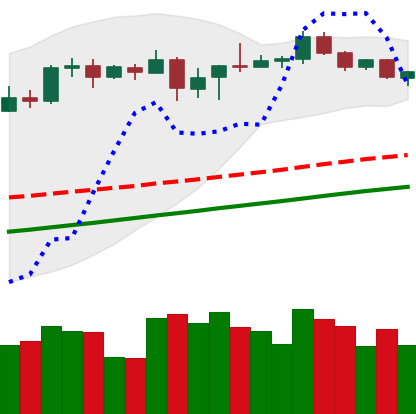
Ticker: BTC-USD
Chart end date: 2020-08-22
Forward return: -3.068%
Label: down_3_5